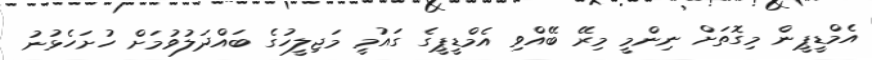
އެމްޑީޕީން މިގޮތަށް ނިންމީ މިރޭ ބޭއްވި އެމްޑީޕީގެ ގައުމީ މަޖިލީހުގެ ބައްދަލުވުމަށް ހުށަހެޅުނު